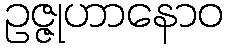
ဥဇ္ဇုဟာနောဝ